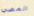
المضي